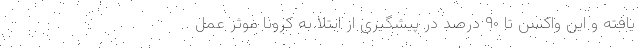
یافته و این واکسن تا ۹۰ درصد در پیشگیری از ابتلا به کرونا موثر عمل